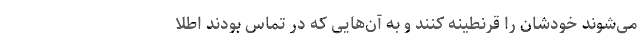
می‌شوند خودشان را قرنطینه کنند و به آن‌هایی که در تماس بودند اطلا